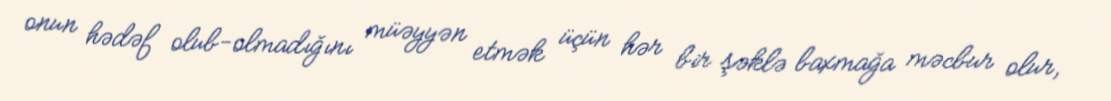
onun hədəf olub-olmadığını müəyyən etmək üçün hər bir şəklə baxmağa məcbur olur,